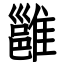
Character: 雝